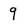
Character: 9